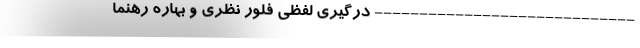
----------------------------- درگیری لفظی فلور نظری و بهاره رهنما